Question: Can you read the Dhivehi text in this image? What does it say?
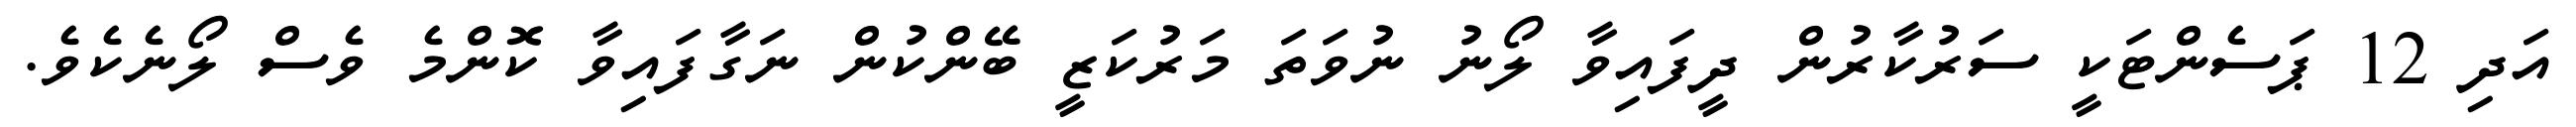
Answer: އަދި 12 ޕަސެންޓަކީ ސަރުކާރުން ދީފައިވާ ލޯނު ނުވަތަ މަރުކަޒީ ބޭންކުން ނަގާފައިވާ ކޮންމެ ވެސް ލޯނެކެވެ.